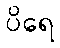
ပိရေ